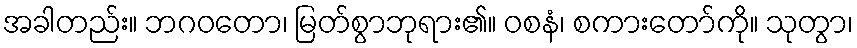
အခါတည်း။ ဘဂဝတော၊ မြတ်စွာဘုရား၏။ ဝစနံ၊ စကားတော်ကို။ သုတွာ၊